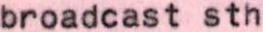
broadcast sth